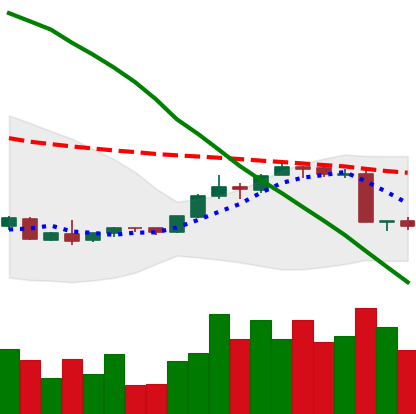
Ticker: EOS-USD
Chart end date: 2018-09-07
Forward return: -3.06%
Label: down_3_5